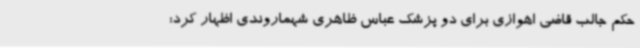
حکم جالب قاضی اهوازی برای دو پزشک عباس ظاهری شهماروندی اظهار کرد: